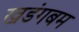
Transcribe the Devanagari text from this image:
खडंगबम